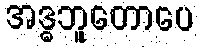
အဒ္ဓဘူတောပေ